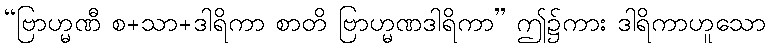
“ဗြာဟ္မဏီ စ+သာ+ဒါရိကာ စာတိ ဗြာဟ္မဏဒါရိကာ” ဤ၌ကား ဒါရိကာဟူသော